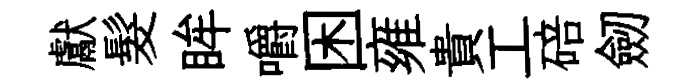
獻髮眸嚼困雍貴工碚劒